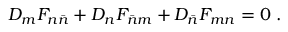
D _ { m } F _ { n \bar { n } } + D _ { n } F _ { \bar { n } m } + D _ { \bar { n } } F _ { m n } = 0 \ .